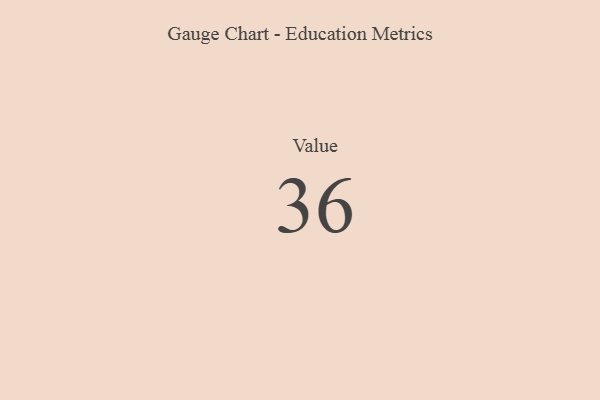
{"axis": {"x": "Metric", "y": "Value"}, "legend": [""], "data": [{"x": "Value", "y": 36, "type": ""}]}